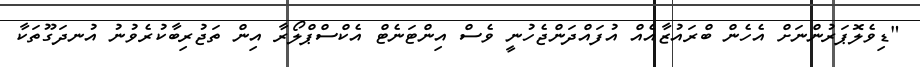
"ޑިވެލޮޕަރުންނަށް އެހެން ބްރައުޒާއެއް އުފައްދަންޖެހުނީ ވެސް އިންޓަނެޓް އެކްސްޕްލޯރާ އިން ތަޖުރިބާކުރެވުނު އުނދަގޫތަކާ